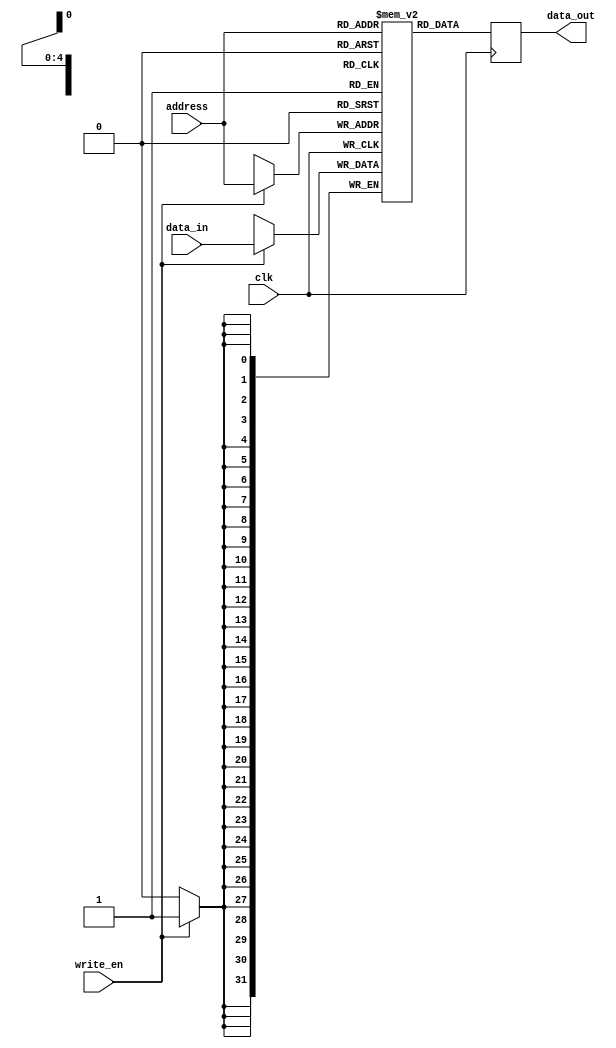
module register_file (
    input wire clk,
    input wire [31:0] data_in,
    input wire write_en,
    input wire [4:0] address,
    output reg [31:0] data_out
);

reg [31:0] registers [31:0];

always @(posedge clk) begin
    if(write_en) begin
        registers[address] <= data_in;
    end
    data_out <= registers[address];
end

endmodule